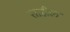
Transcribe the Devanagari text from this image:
साहील